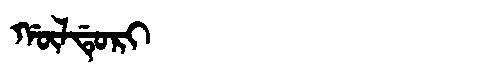
Manchu: ᡤᡡᠯᡩᡠᡵᡳ
Romanization: GŪLDURI